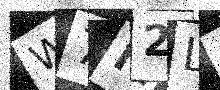
Text: W7M2L9